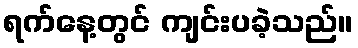
ရက်နေ့တွင် ကျင်းပခဲ့သည်။